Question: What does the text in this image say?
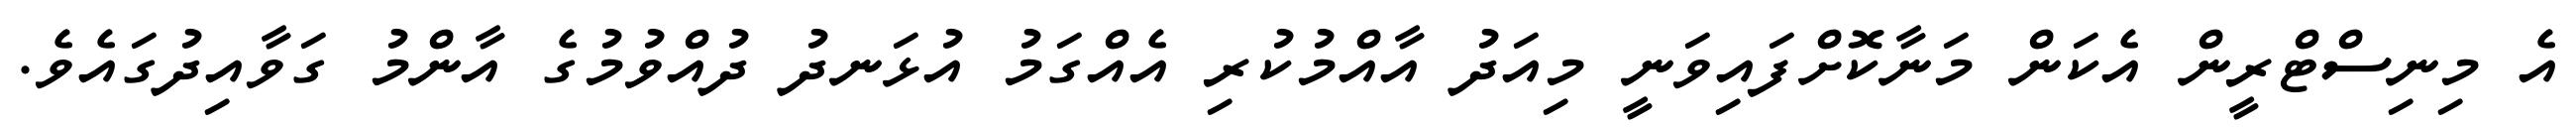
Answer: އެ މިނިސްޓްރީން އެކަން މަނާކޮށްފައިވަނީ މިއަދު އާއްމުކުރި އެއްގަމު އުޅަނދު ދުއްވުމުގެ އާންމު ގަވާއިދުގައެވެ.